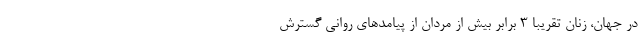
در جهان، زنان تقریبا 3 برابر بیش از مردان از پیامدهای روانی گسترش